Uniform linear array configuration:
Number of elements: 4
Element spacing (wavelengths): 0.75
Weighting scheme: hamming
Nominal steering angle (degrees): -45
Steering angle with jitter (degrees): -45.891
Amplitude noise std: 0.05
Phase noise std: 0.05

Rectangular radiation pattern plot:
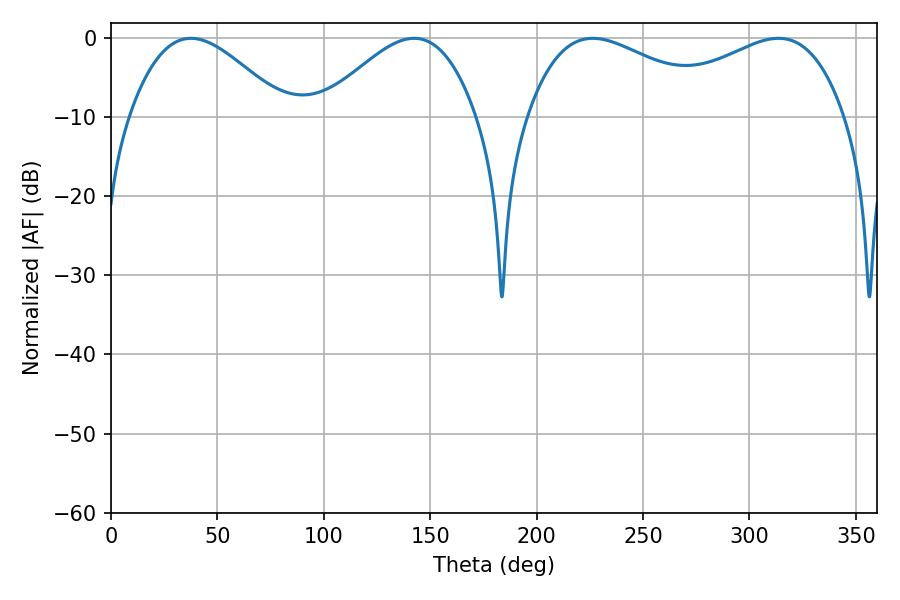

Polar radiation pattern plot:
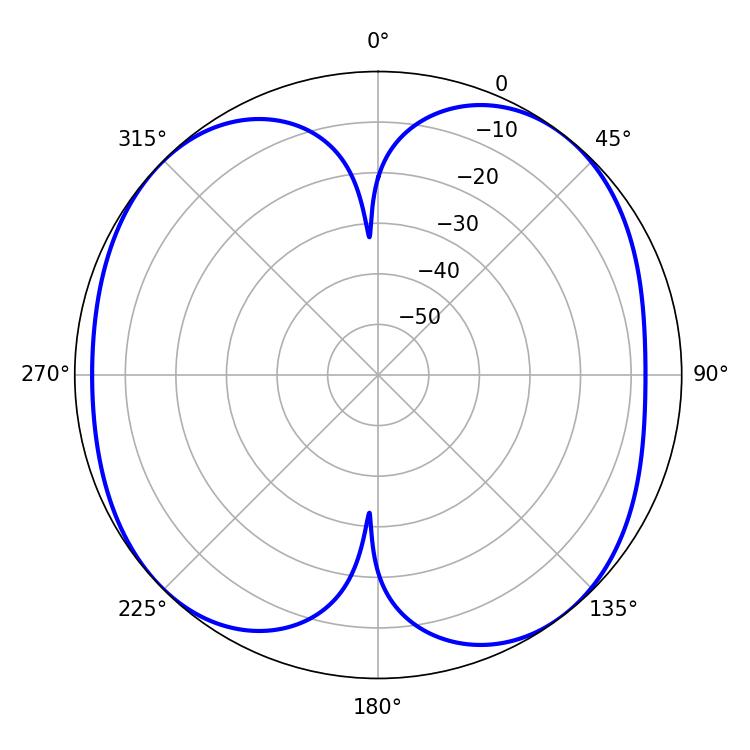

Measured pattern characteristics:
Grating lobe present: TRUE
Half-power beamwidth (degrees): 39.24
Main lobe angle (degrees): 37.62